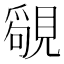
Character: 𧡳